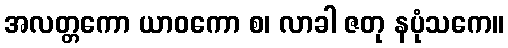
အလတ္တကော ယာဝကော စ၊ လာခါ ဇတု နပုံသကေ။